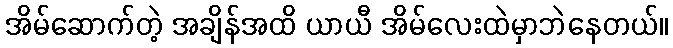
အိမ်ဆောက်တဲ့ အချိန်အထိ ယာယီ အိမ်လေးထဲမှာဘဲနေတယ်။